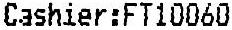
CASHIER:FT10060